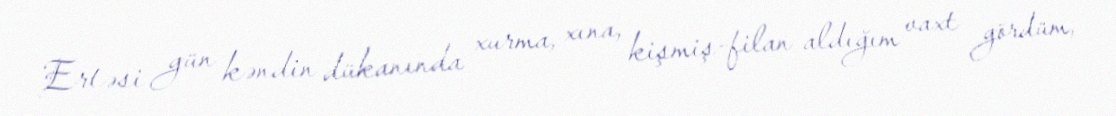
Ertəsi gün kəndin dükanında xurma, xına, kişmiş-filan aldığım vaxt gördüm,